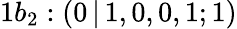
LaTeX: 1b_{2}:(0\, |\, 1,0,0,1;1)